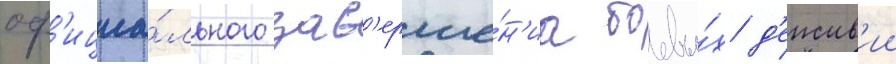
оф'ициа́льного зав'ерше́н'иа боевы́х д'еиств'ии